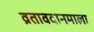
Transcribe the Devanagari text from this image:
व्रतावदानमाला